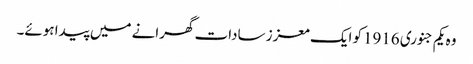
وہ یکم جنوری 1916کو ایک معزز سادات گھرانے میں پیدا ہوئے۔